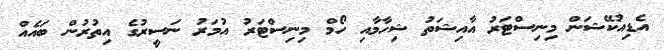
އެޑިއުކޭޝަން މިނިސްޓަރު އާއިޝަތު ޝިހާމާއި ހޯމް މިނިސްޓަރު އުމަރު ނަސީރުގެ އިތުރުން ބައެއް